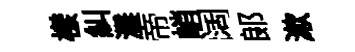
樣糾灘帝峭阔郞漱